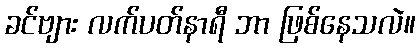
ခင်ဗျား လက်ပတ်နာရီ ဘာ ဖြစ်နေသလဲ။